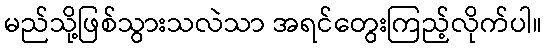
မည်သို့ဖြစ်သွားသလဲသာ အရင်တွေးကြည့်လိုက်ပါ။